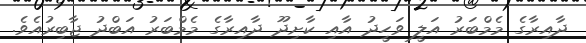
ދާއިރާގެ މެމްބަރު އަލީ ވަހީދު އާއި ކާށިދޫ ދާއިރާގެ މެމްބަރު އަބްދު ޖާބިރުއެވެ.